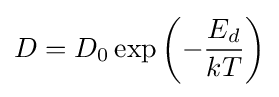
D=D_{0}\exp \left(-{\frac {E_{d}}{kT}}\right)